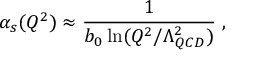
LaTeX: \alpha _ { s } ( Q ^ { 2 } ) \approx \frac { 1 } { b _ { 0 } \ln ( Q ^ { 2 } / \Lambda _ { Q C D } ^ { 2 } ) } \; ,